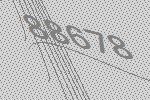
88678